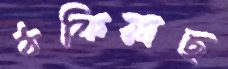
ঠকিয়াছ